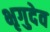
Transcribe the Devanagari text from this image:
भृगुदेव